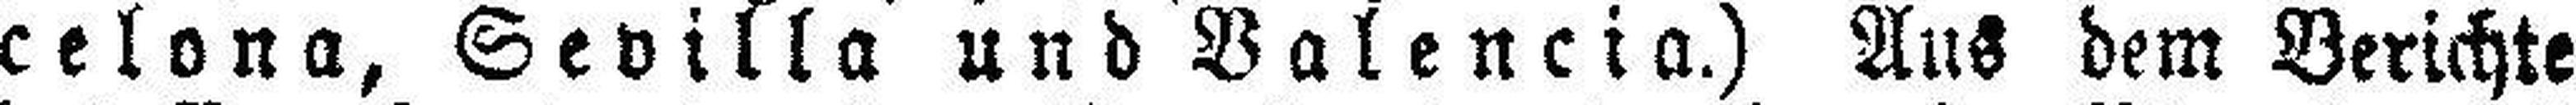
celona, Sevilla und Valencia.) Aus dem Berichte